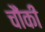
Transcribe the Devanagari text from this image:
चौंकी